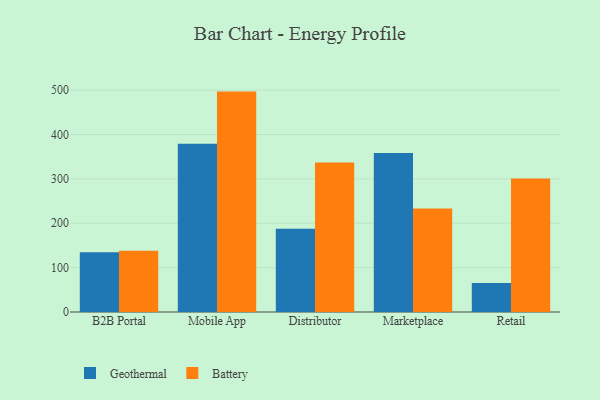
{"axis": {"x": "Channel", "y": "Satisfaction Score"}, "legend": ["Battery", "Geothermal"], "data": [{"x": "B2B Portal", "y": 134.6, "type": "Geothermal"}, {"x": "B2B Portal", "y": 138.3, "type": "Battery"}, {"x": "Mobile App", "y": 379.1, "type": "Geothermal"}, {"x": "Mobile App", "y": 496.8, "type": "Battery"}, {"x": "Distributor", "y": 187.8, "type": "Geothermal"}, {"x": "Distributor", "y": 336.9, "type": "Battery"}, {"x": "Marketplace", "y": 358.5, "type": "Geothermal"}, {"x": "Marketplace", "y": 233.5, "type": "Battery"}, {"x": "Retail", "y": 65.3, "type": "Geothermal"}, {"x": "Retail", "y": 300.7, "type": "Battery"}]}